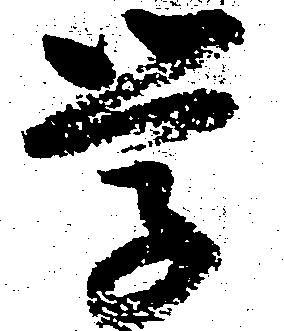
学